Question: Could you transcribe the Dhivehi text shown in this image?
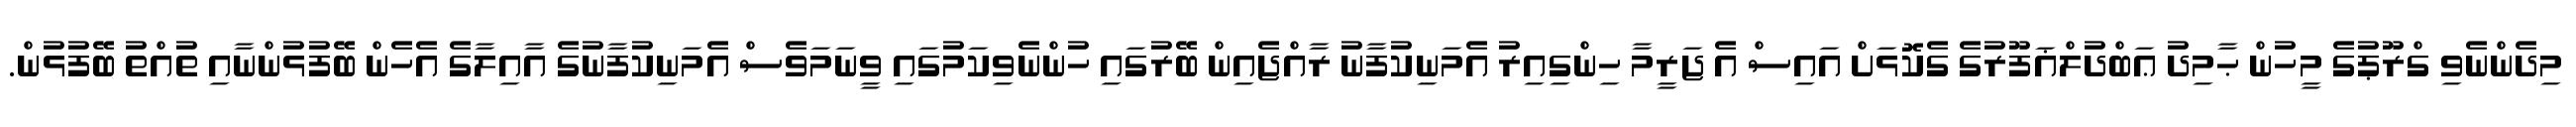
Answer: މިދެންނެވި ގްރޫޕުގެ މީހުން ޙާމިދު ޢަބްދުލްޣަފޫރުގެ ގެކޮޅަށް އައިސް އެ ޖަރީމާ ހިންގިއިރު އެމަނިކުފާނު ރާއްޖެއިން ބޭރުގައި ހުންނެވިކަމުގައި ވީނަމަވެސް އެމަނިކުފާނުގެ އާއިލާގެ އެހެން ބޭފުޅުންނާއި ތުއްތު ބޭފުޅުން.